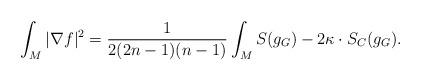
LaTeX: \begin{align*}\int_M|\nabla f|^2=\frac{1}{2(2n-1)(n-1)}\int_MS(g_G)-2\kappa\cdot S_C(g_G).\end{align*}